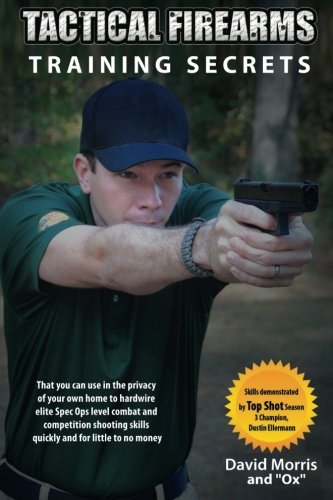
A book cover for Tactical Firearms Training Secrets: That You Can Use in the Privacy of Your Own Home to Hardwire Elite Spec Ops Level Combat and Competition Shooting Skills Quickly and for Little to No Money; David Morris; Sports & Outdoors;